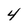
Character: 4